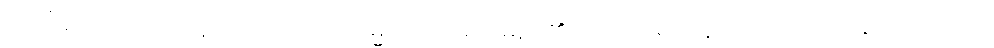
သင်္ကပ္ပေါ၊ တည်း။ ဣတိ၊ ကြောင့်။ သမ္မာသင်္ကပ္ပေါ၊ မည်၏။ အဘိရောပနဋ္ဌောတိ၊ ကား။ စိတ္တဿ၊ ကို။